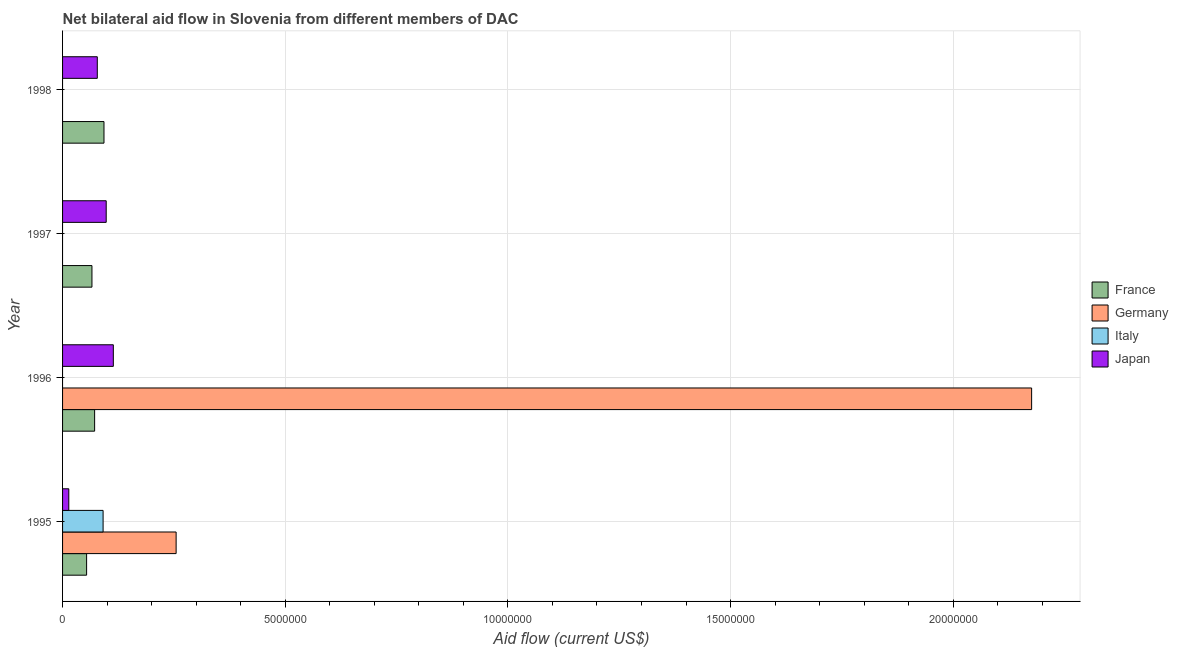
| Year | France | Germany | Italy | Japan |
 | --- | --- | --- | --- | --- |
 | 1995 | 5.4e+05 | 2.55e+06 | 9.1e+05 | 1.4e+05 |
 | 1996 | 7.2e+05 | 2.18e+07 | -3.9e+05 | 1.14e+06 |
 | 1997 | 6.6e+05 | -1.55e+07 | -1.49e+06 | 9.8e+05 |
 | 1998 | 9.3e+05 | -4e+04 | -1.24e+06 | 7.8e+05 |